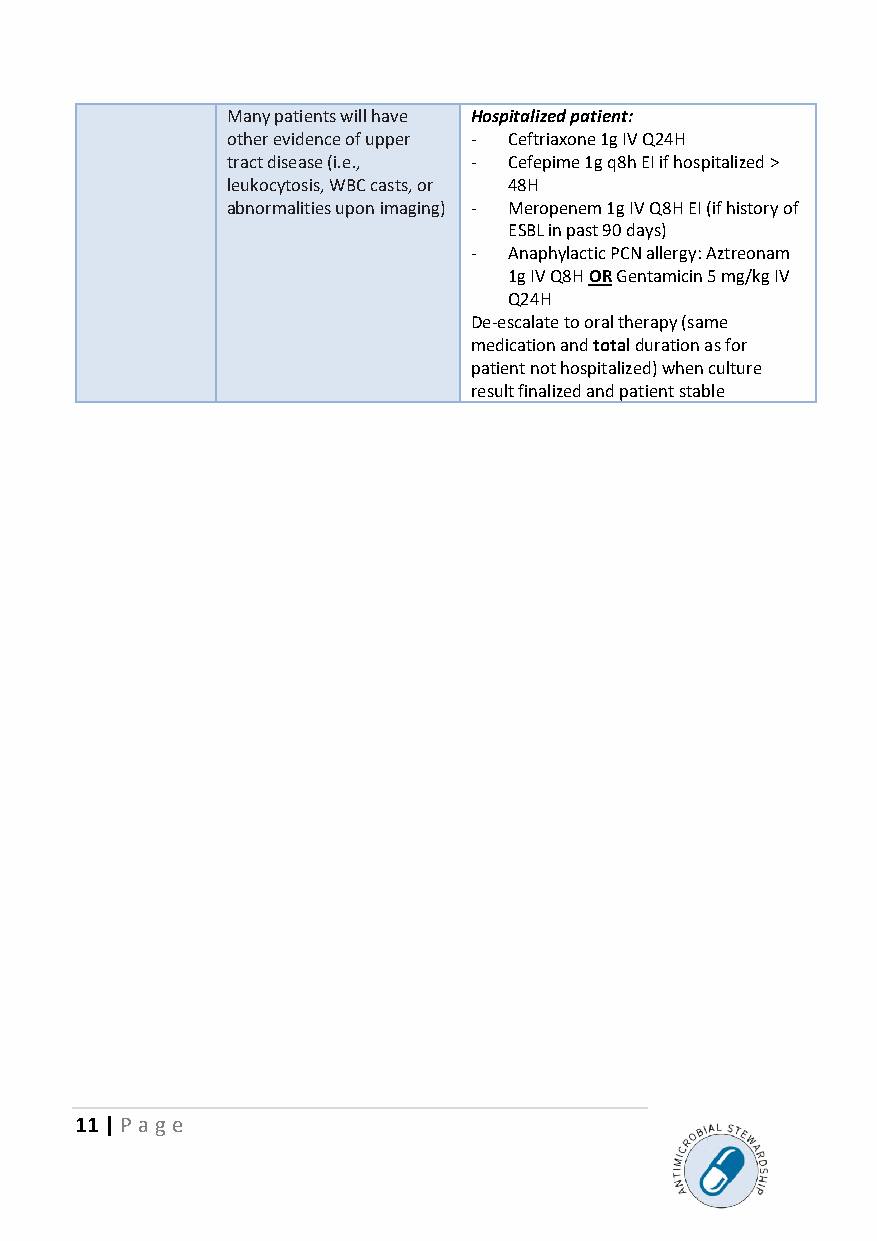
Many patients will have Hospitalized patient:
 other evidence of upper - Ceftriaxone 1g IV Q24H
 tract disease (i.e., - Cefepime 1g q8h EI if hospitalized >
 leukocytosis, WBC casts, or 48H
 abnormalities upon imaging) - Meropenem 1g IV Q8H EI (if history of
 ESBL in past 90 days)
 -  Anaphylactic PCN allergy: Aztreonam
 1g IV Q8H OR Gentamicin 5 mg/kg IV
 Q24H
 De-escalate to oral therapy (same
 medication and total duration as for
 patient not hospitalized) when culture
 result finalized and patient stable
 11 | P age